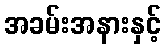
အခမ်းအနားနှင့်